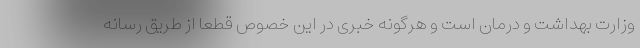
وزارت بهداشت و درمان است و هرگونه خبری در این خصوص قطعا از طریق رسانه